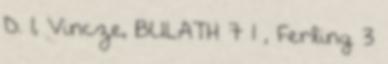
D. 1, Vincze, BULATH 7 1 , Ferling 3